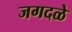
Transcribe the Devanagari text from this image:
जगदळे